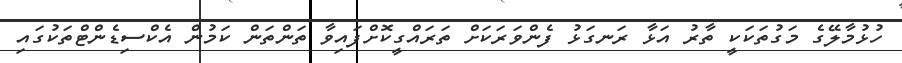
ހުޅުމާލޭގެ މަގުތަކަކީ ތާރު އަޅާ ރަނގަޅު ފެންވަރަކަށް ތަރައްގީކޮށްފައިވާ ތަންތަން ކަމުން އެކްސިޑެންޓްތަކުގައި